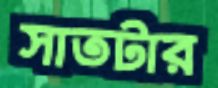
সাতটার